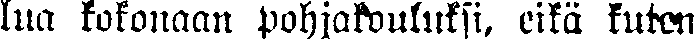
lua kokonaan pohjakouluksi, eikä kuten